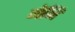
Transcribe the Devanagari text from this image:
नेनि